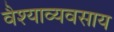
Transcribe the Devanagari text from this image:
वैश्याव्यवसाय